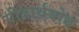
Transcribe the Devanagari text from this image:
गीतार्थबोध